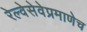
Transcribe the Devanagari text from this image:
रेल्वेसेवेप्रमाणेच